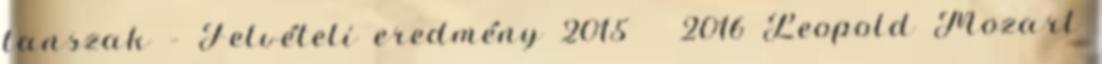
tanszak – Felvételi eredmény 2015 2016 Leopold Mozart